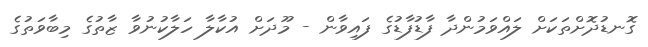
ގޮނޑުދޮށްތަކަށް ލައްވަމުންދާ ފާޑުފާޑުގެ ފައިވާން - މޫދަށް އުކާލާ ހަލާކުނުވާ ޒާތުގެ މިބާވަތުގެ